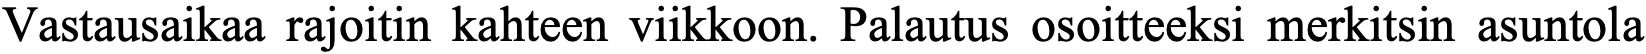
Vastausaikaa rajoitin kahteen viikkoon. Palautus osoitteeksi merkitsin asuntola